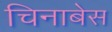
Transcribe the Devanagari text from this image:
चिनाबेस